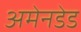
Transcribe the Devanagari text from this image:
अमेनडेड